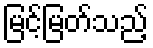
မြင့်မြတ်သည့်